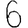
Digit: 6